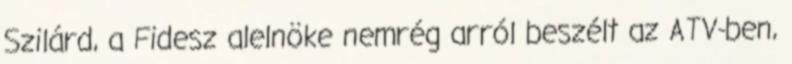
Szilárd, a Fidesz alelnöke nemrég arról beszélt az ATV-ben,